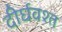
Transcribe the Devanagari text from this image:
दीर्घवश्त